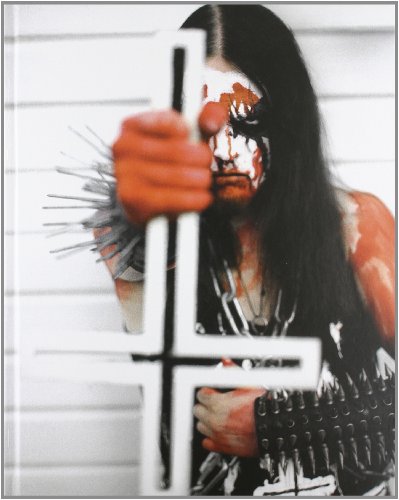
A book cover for True Norwegian Black Metal; Arts & Photography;